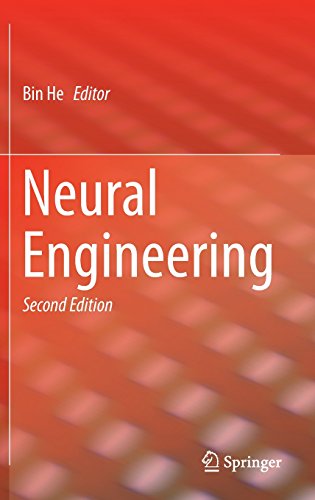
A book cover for Neural Engineering; Science & Math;